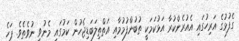
ގެފުޅުގެ އަރިހުގައި އެއުރެންކުރާ އަޅުކަމަކީ ތުބުންފުމުމާއި އަތްތިލަބަޑިިޖެހުން ކަމުގައި މެނުވީ ނުވެތެވެ. ފަހެ